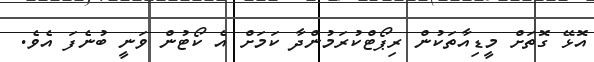
އޮޅޭ ގޮތަށް މީޑިއާތަކުން ރިޕޯޓްކުރަމުންދާ ކަމަށް އެ ކޯޓުން ވަނީ ބުނެފަ އެވެ.